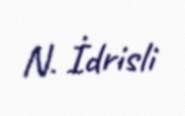
N. İdrisli